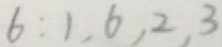
6 : 1 , 6 , 2 , 3